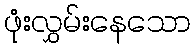
ဖုံးလွှမ်းနေသော